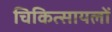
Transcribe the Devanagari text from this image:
चिकित्सायलों